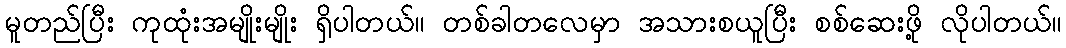
မူတည်ပြီး ကုထုံးအမျိုးမျိုး ရှိပါတယ်။ တစ်ခါတလေမှာ အသားစယူပြီး စစ်ဆေးဖို့ လိုပါတယ်။